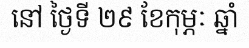
នៅ ថ្ងៃទី ២៩ ខែកុម្ភៈ ឆ្នាំ